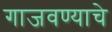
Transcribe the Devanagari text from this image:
गाजवण्याचे